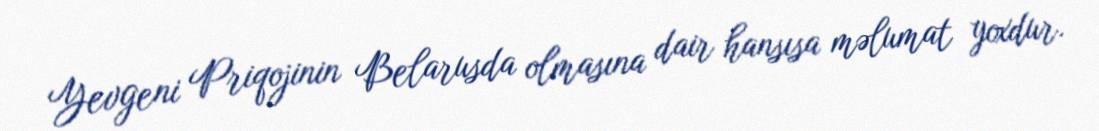
Yevgeni Priqojinin Belarusda olmasına dair hansısa məlumat yoxdur.